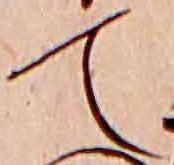
て